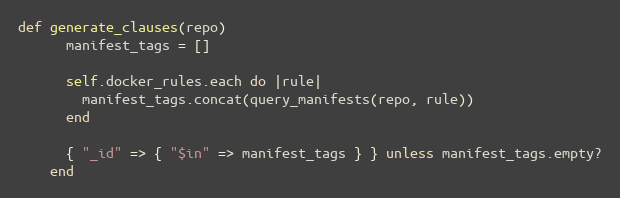
Language: Ruby
def generate_clauses(repo)
      manifest_tags = []

      self.docker_rules.each do |rule|
        manifest_tags.concat(query_manifests(repo, rule))
      end

      { "_id" => { "$in" => manifest_tags } } unless manifest_tags.empty?
    end